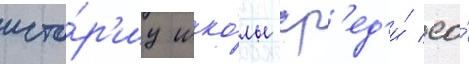
исто́р'иу шко́лы ср'ед'и́ ео́